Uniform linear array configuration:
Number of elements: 24
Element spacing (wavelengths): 0.25
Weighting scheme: blackman
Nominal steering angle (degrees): -45
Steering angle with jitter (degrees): -43.574
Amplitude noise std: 0.05
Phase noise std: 0.05

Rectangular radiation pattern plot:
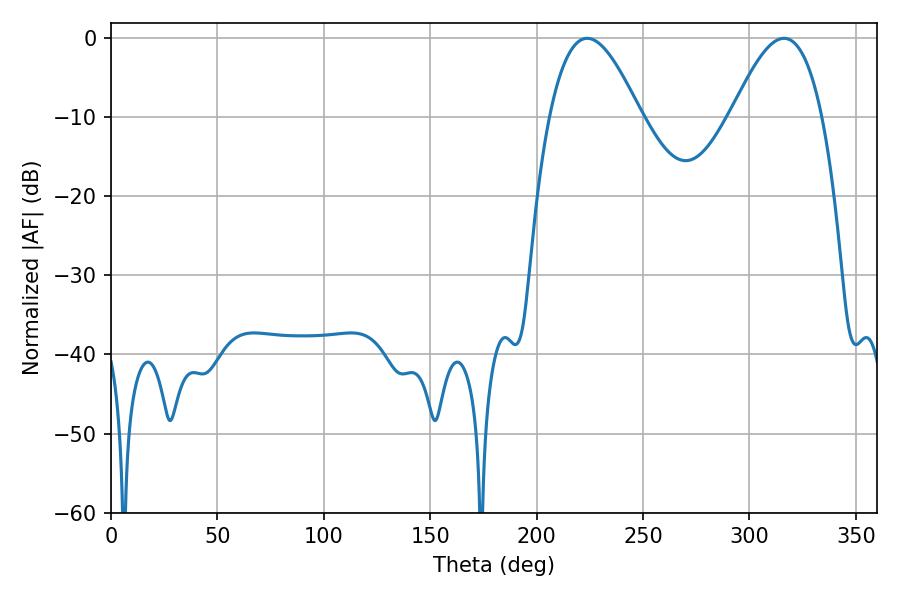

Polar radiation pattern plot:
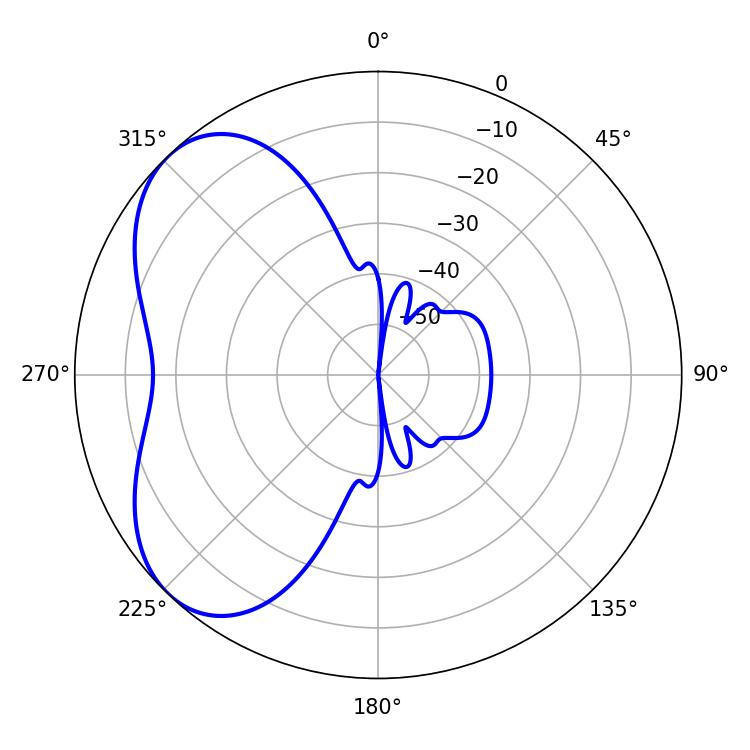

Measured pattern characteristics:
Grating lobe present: FALSE
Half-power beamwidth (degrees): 23.22
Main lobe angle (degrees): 223.74